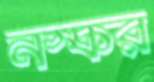
নস্কর